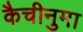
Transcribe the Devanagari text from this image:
कैचीनुमा